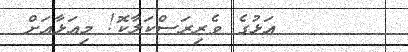
١٠٠      އަޅުގެ ވެރިރަސްކަލާކޮ! މިއަޅާއަށް